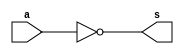
//--Pontificia Universidade Catolica
//--Nome: Bruno Santiago Pinheiro
//--Matricula: 405792
//--Data: 30/08/2010
//--Professor: Theldo
//--Guia_05

//------------
//--NOT GATE
//------------

module notgate (s, a);

input a;
output s;

nor NOR1 (s,a,a);

endmodule

//------------
//--AND GATE
//------------

module andgate (s2, a,b);

input a,b;
output s2;

nor NOR1 (s0,a,a);
nor NOR2 (s1,b,b);
nor NOR3 (s2,s0,s1);

endmodule

//------------
//--OR GATE
//------------

module orgate (s1, a, b);

input a, b;
output s1;

nor NOR1 (s0, a, b);
nor NOR2 (s1, s0, s0);

endmodule


//-------------
//--XOR GATE
//-------------

module xorgate (s6, a, b);

input a, b;
output s6;

nor NOR1 (s1, a, a);
nor NOR2 (s2, b, b);
nor NOR3 (s3, a, s2);
nor NOR4 (s4, b, s1);
nor NOR5 (s5, s3, s4);
nor NOR6 (s6, s5, s5);

endmodule

//------------------
//--Meia diferena
//------------------

module halfSubtractor (s4, s3, a, b);

input a, b;
output s3, s4;

notgate NOT1 (s, a);
andgate AND1 (s3, s, b);
xorgate XOR1 (s4, a, b);

endmodule

//---------------------
//--Diferena completa
//---------------------

module fullSubtractor (s5, s3, a, b, c1);

input a, b, c1;
output s5, s3;

halfSubtractor HS1 (s1, s0, a, b);
halfSubtractor HS2 (s3, s2, s1, c1);
orgate OR1 (s5, s2, s0);

endmodule

//-------------------------
//--Diferena de dois bits
//-------------------------

module masterSubtractor (s0, s1, s2, a0, b0, a1, b1);

input a0, b0, a1, b1;
output s0, s1, s2;

halfSubtractor HS1 (s0, s3, a0, b0);
fullSubtractor HS2 (s1, s2, a1, b1, s3);

endmodule

//-------------------------------
//---Teste Diferena dois bits
//-------------------------------


module testmastersubtractor;

wire s0, s1, s2;
reg a0, b0, a1, b1;

masterSubtractor MS (s0, s1, s2, a0, b0, a1, b1);

initial begin

$display ("Bruno Santiago Pinheiro");
$display ("Matricula: 405792");
$display ("Circuito de diferena completa com 2 numeros de 2 bits cada usando apenas NOR.");
$display ();
#1 a0 = 0; a1 = 0; b0 = 0; b1 = 0;
$monitor (" %b%b - %b%b = %b%b%b", a1, a0, b1, b0, s2, s1, s0); 
#1 a0 = 0; a1 = 0; b0 = 0; b1 = 1;

#1 a0 = 0; a1 = 0; b0 = 1; b1 = 0;
#1 a0 = 0; a1 = 0; b0 = 1; b1 = 1;

#1 a0 = 0; a1 = 1; b0 = 0; b1 = 0;
#1 a0 = 0; a1 = 1; b0 = 0; b1 = 1;

#1 a0 = 0; a1 = 1; b0 = 1; b1 = 0;
#1 a0 = 0; a1 = 1; b0 = 1; b1 = 1;

#1 a0 = 1; a1 = 0; b0 = 0; b1 = 0;
#1 a0 = 1; a1 = 0; b0 = 0; b1 = 1;

#1 a0 = 1; a1 = 0; b0 = 1; b1 = 0;
#1 a0 = 1; a1 = 0; b0 = 1; b1 = 1;

#1 a0 = 1; a1 = 1; b0 = 0; b1 = 0;
#1 a0 = 1; a1 = 1; b0 = 0; b1 = 1;

#1 a0 = 1; a1 = 1; b0 = 1; b1 = 0;
#1 a0 = 1; a1 = 1; b0 = 1; b1 = 1;

end

endmodule

    //--Bruno Santiago Pinheiro
//--    Matricula: 405792
//--    Circuito de diferena completa com 2 numeros de 2 bits cada usando apenas NOR.
//--    
//--     00 - 00 = 000
//--     00 - 10 = 110
//--     00 - 01 = 111
//--     00 - 11 = 011
//--     10 - 00 = 100
//--     10 - 10 = 000
//--     10 - 01 = 001
//--     10 - 11 = 111
//--     01 - 00 = 001
//--     01 - 10 = 111
//--     01 - 01 = 000
//--     01 - 11 = 110
//--     11 - 00 = 101
//--     11 - 10 = 001
//--     11 - 01 = 100
//--     11 - 11 = 000